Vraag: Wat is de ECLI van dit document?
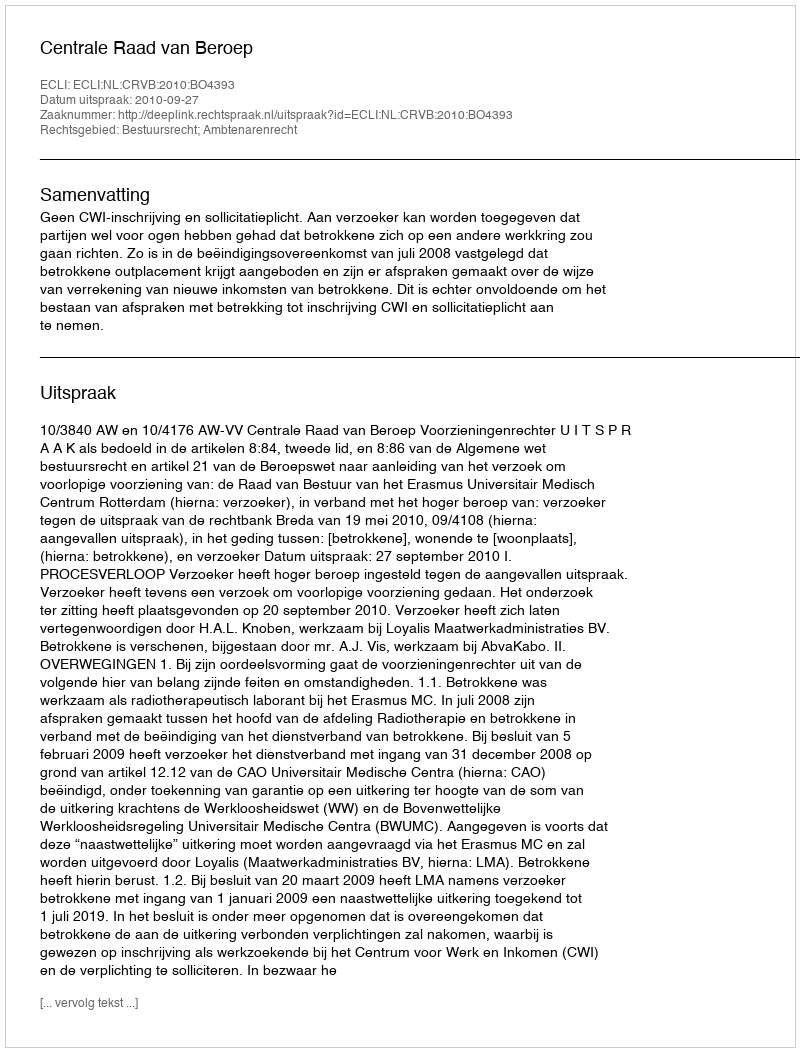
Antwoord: ECLI:NL:CRVB:2010:BO4393